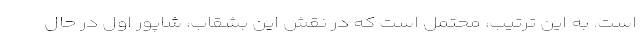
است. به این ترتیب، محتمل است که در نقش این بشقاب، شاپور اول در حال